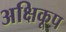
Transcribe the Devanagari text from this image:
अक्षिकूप